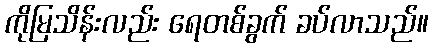
ကိုမြသိန်းလည်း ရေတစ်ခွက် ခပ်လာသည်။